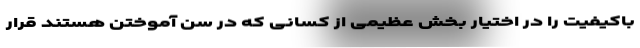
باکیفیت را در اختیار بخش عظیمی از کسانی که در سن آموختن هستند قرار